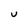
Character: U